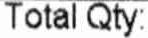
TOTAL QTY: